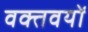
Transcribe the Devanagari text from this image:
वक्तवयों